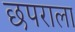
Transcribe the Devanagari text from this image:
छपराला